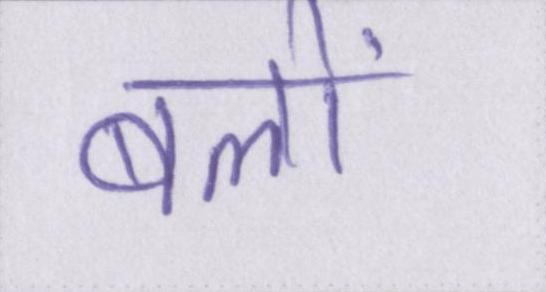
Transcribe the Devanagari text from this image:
बलों